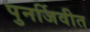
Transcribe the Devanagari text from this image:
पुनर्जिवीत